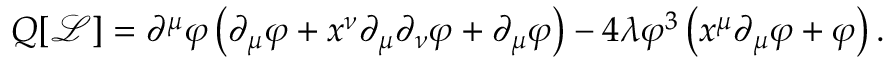
Q [ { \mathcal { L } } ] = \partial ^ { \mu } \varphi \left( \partial _ { \mu } \varphi + x ^ { \nu } \partial _ { \mu } \partial _ { \nu } \varphi + \partial _ { \mu } \varphi \right) - 4 \lambda \varphi ^ { 3 } \left( x ^ { \mu } \partial _ { \mu } \varphi + \varphi \right) .